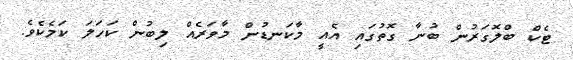
ޓެކް ބްލޮގަރުން ބުނާ ގޮތުގައި އެއީ މާކަނޑުން މާވަރެއް ލިބުން ކަހަލަ ކަމެކެވެ.